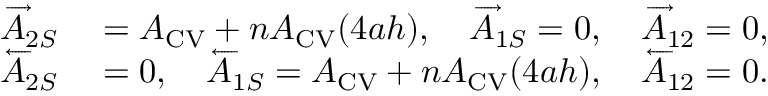
\begin{array} { r l } { \overrightarrow A _ { 2 S } } & { { } = A _ { \mathrm { { C V } } } + n A _ { \mathrm { { C V } } } ( 4 a h ) , \quad \overrightarrow A _ { 1 S } = 0 , \quad \overrightarrow A _ { 1 2 } = 0 , } \\ { \overleftarrow A _ { 2 S } } & { { } = 0 , \quad \overleftarrow A _ { 1 S } = A _ { \mathrm { { C V } } } + n A _ { \mathrm { { C V } } } ( 4 a h ) , \quad \overleftarrow A _ { 1 2 } = 0 . } \end{array}